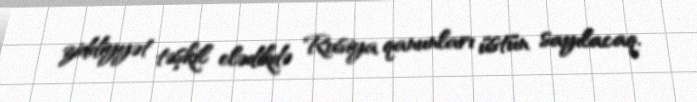
ziddiyyət təşkil elədikdə Rusiya qanunları üstün sayılacaq.